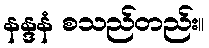
နန္ဒနံ စသည်တည်း။